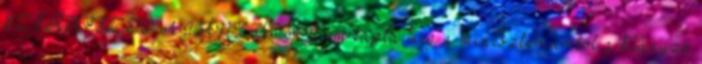
SZERKESZTŐ AJÁNLATA Nem kapta meg a minisztériumtól a hiányzó